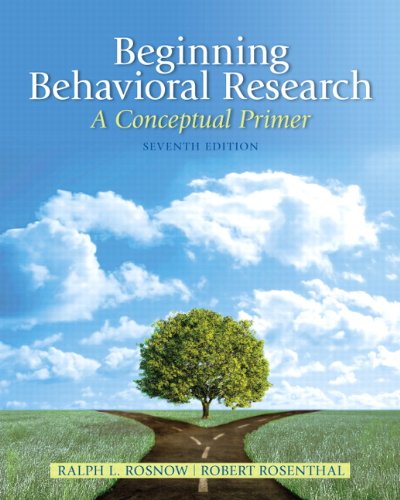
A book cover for Beginning Behavioral Research: A Conceptual Primer (7th Edition); Ralph L. Rosnow; Medical Books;